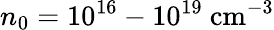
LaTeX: n_{0}=10^{16}-10^{19}~\mathrm{cm}^{-3}